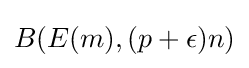
B(E(m),(p+\epsilon )n)